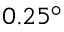
0 . 2 5 ^ { \circ }